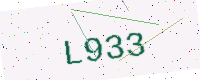
Text: L933